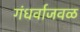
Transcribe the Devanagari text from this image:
गंधर्वाजवळ